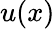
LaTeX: u(x)